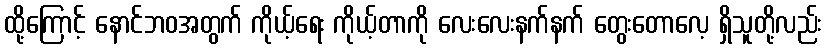
ထို့ကြောင့် နောင်ဘဝအတွက် ကိုယ့်ရေး ကိုယ့်တာကို လေးလေးနက်နက် တွေးတောလေ့ ရှိသူတို့လည်း